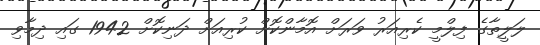
ލަލީތާގެ ފިލްމީ ކެރިއަރު ވަރަށް އޮމާންކޮށް ކުރިއަށް ދަނިކޮށް 1942 ގައި ދިމާވި